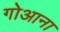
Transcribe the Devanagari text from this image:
गोआना